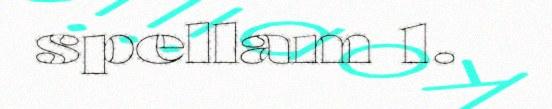
spellam 1.